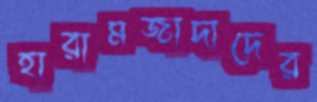
হারামজাদাদের